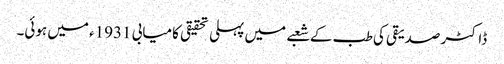
ڈاکٹر صدیقی کی طب کے شعبے میں پہلی تحقیقی کامیابی 1931ء میں ہوئی۔